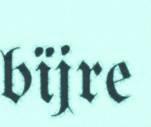
bïjre